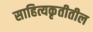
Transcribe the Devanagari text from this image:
साहित्यकृतीतील